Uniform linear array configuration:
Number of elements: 16
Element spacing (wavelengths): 1
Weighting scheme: binomial
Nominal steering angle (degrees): -45
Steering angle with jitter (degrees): -44.029
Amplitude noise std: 0.05
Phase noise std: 0.05

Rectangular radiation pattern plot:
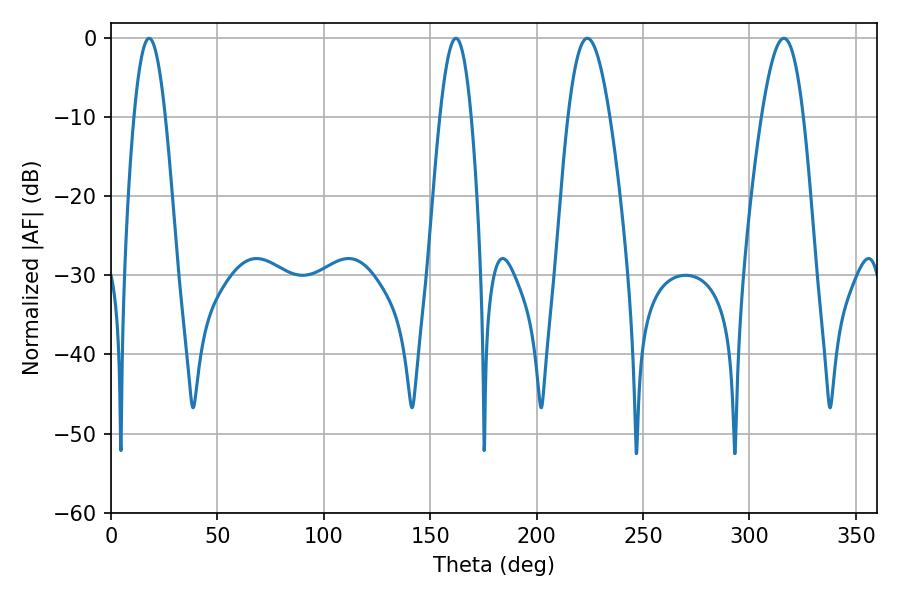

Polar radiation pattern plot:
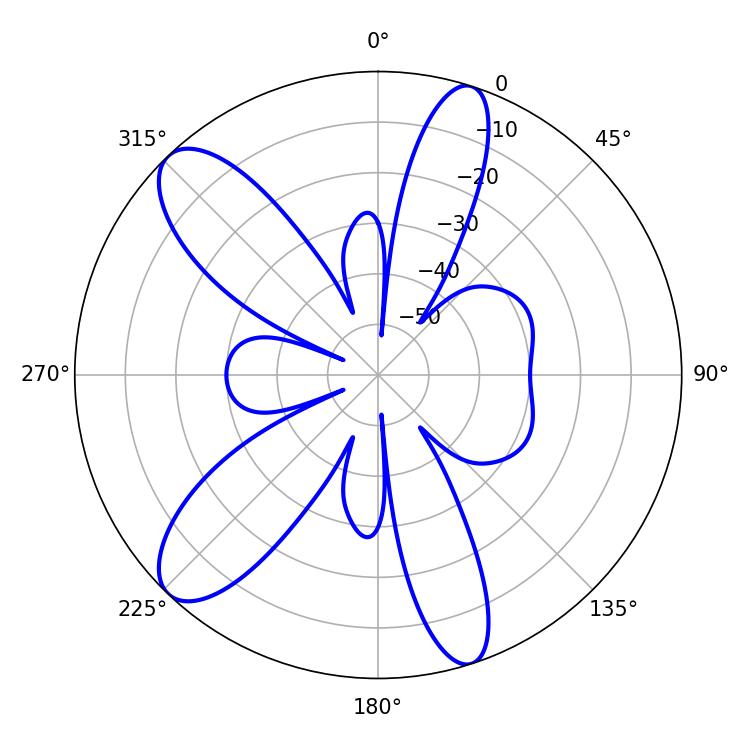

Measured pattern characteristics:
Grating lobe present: TRUE
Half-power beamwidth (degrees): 10.62
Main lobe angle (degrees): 223.74